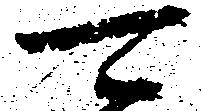
可